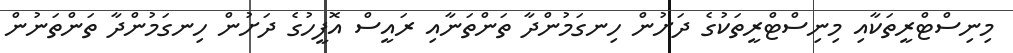
މިނިސްޓްރީތަކާއި މިނިސްޓްރީތަކުގެ ދަށުން ހިނގަމުންދާ ތަންތަނާއި ރައީސް އޮފީހުގެ ދަށުން ހިނގަމުންދާ ތަންތަނުން